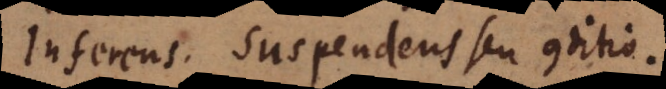
Inferens. Suspendens seu conditio.